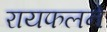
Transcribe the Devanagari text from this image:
रायफलने